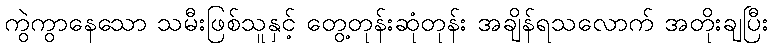
ကွဲကွာနေသော သမီးဖြစ်သူနှင့် တွေ့တုန်းဆုံတုန်း အချိန်ရသလောက် အတိုးချပြီး